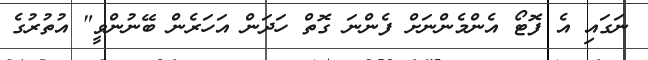
ނަގައި އެ ފޮޓޯ އެންމެންނަށް ފެންނަ ގޮތް ހަދަން އަހަރެން ބޭނުންވީ" އުތުރުގެ